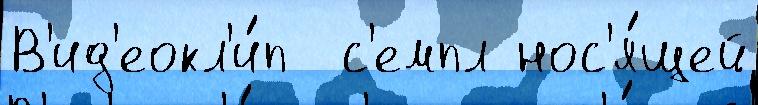
В'ид'еокл'и́п  с'емпл нос'я́щей